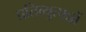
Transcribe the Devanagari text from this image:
प्रतिव्युत्पन्नों